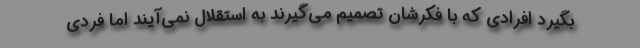
بگیرد افرادی که با فکرشان تصمیم می‌گیرند به استقلال نمی‌آیند اما فردی